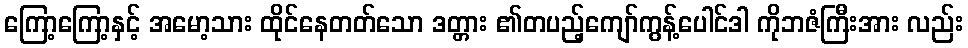
ကြော့ကြော့နှင့် အမော့သား ထိုင်နေတတ်သော ဒတ္တား ၏တပည့်ကျော်ကွန့်ပေါင်ဒါ ကိုဘဇံကြီးအား လည်း